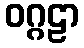
ဝဂ္ဂဠာ